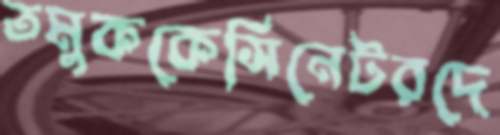
তমুককেসিনেটরদে